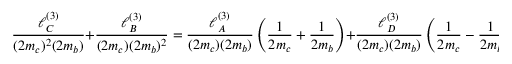
\frac { \ell _ { C } ^ { ( 3 ) } } { ( 2 m _ { c } ) ^ { 2 } ( 2 m _ { b } ) } + \frac { \ell _ { B } ^ { ( 3 ) } } { ( 2 m _ { c } ) ( 2 m _ { b } ) ^ { 2 } } = \frac { \ell _ { A } ^ { ( 3 ) } } { ( 2 m _ { c } ) ( 2 m _ { b } ) } \left( \frac { 1 } { 2 m _ { c } } + \frac { 1 } { 2 m _ { b } } \right) + \frac { \ell _ { D } ^ { ( 3 ) } } { ( 2 m _ { c } ) ( 2 m _ { b } ) } \left( \frac { 1 } { 2 m _ { c } } - \frac { 1 } { 2 m _ { b } } \right) ,